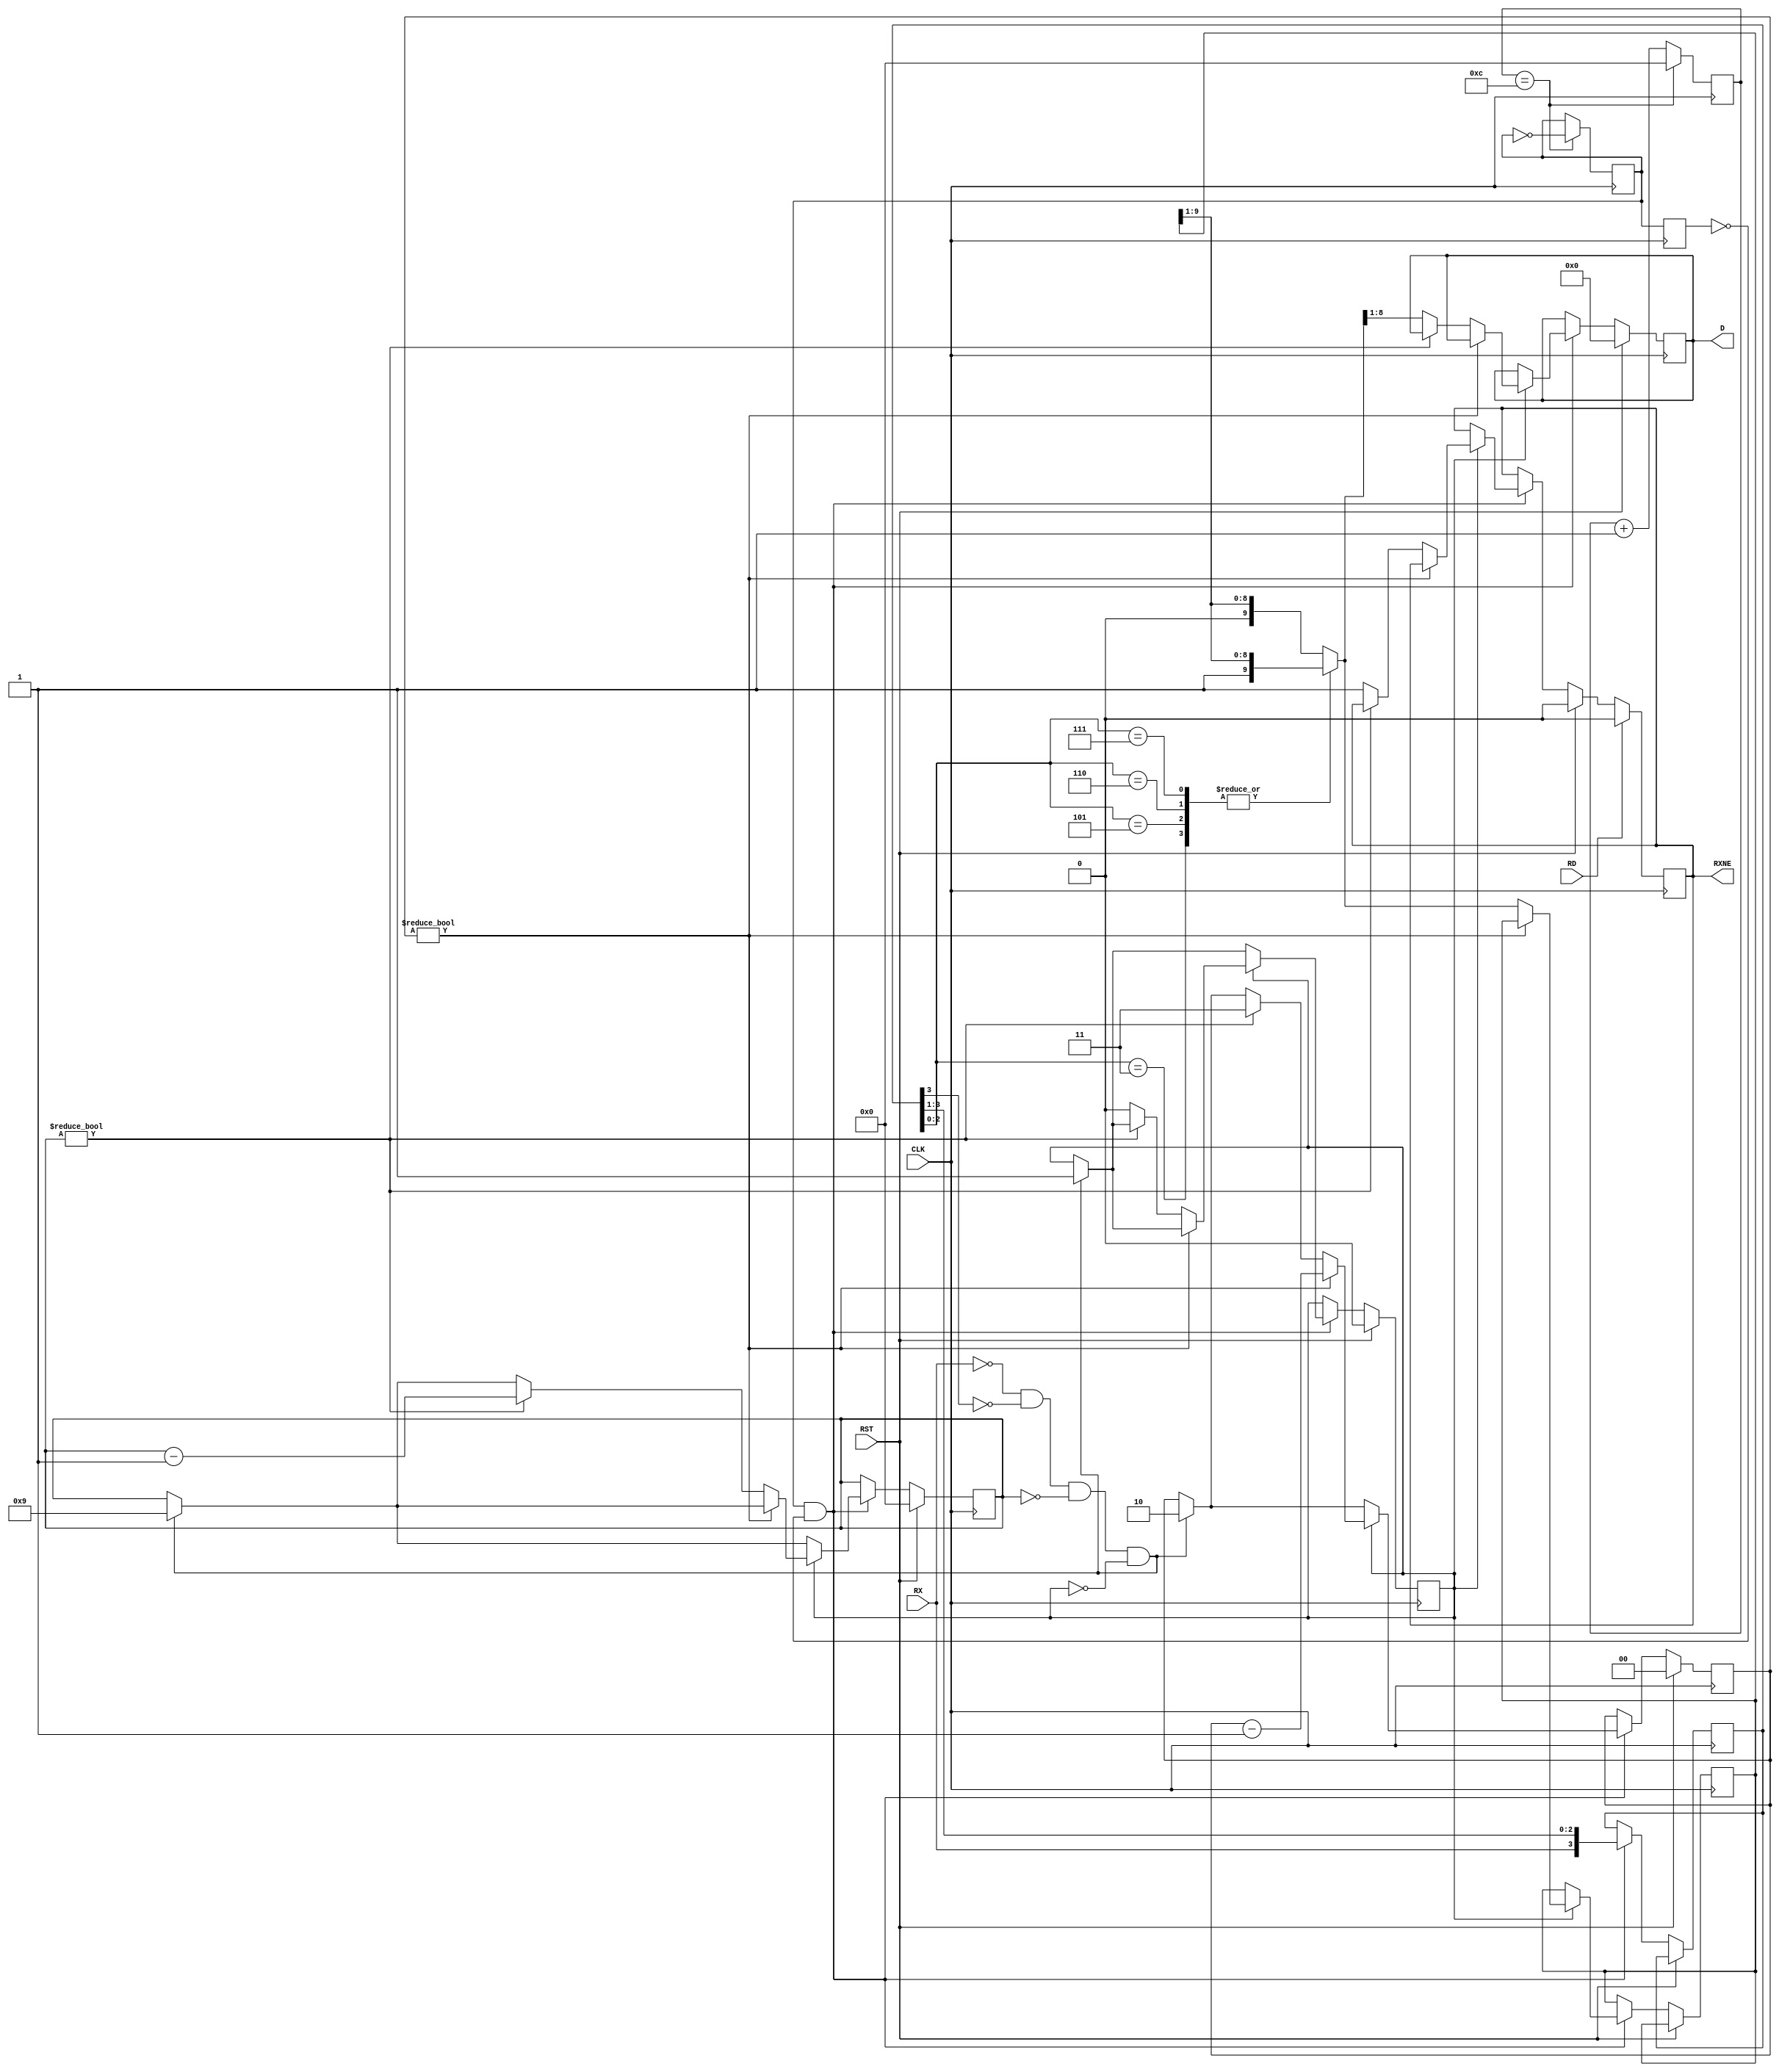
module UART_Rx(
    input CLK,
    output reg [7:0] D = 8'b00000000,
	 input RD,
    input RST,
    input RX,
    output reg RXNE = 1'b0
    );

parameter CLOCK = 1_000_000;
parameter BAUD_RATE = 9_600;

//don't modify SAMPLES at this moment plz
localparam SAMPLES = 4;
localparam CLK_DIV = CLOCK/(BAUD_RATE*SAMPLES*2);
reg [$clog2(CLK_DIV)-1:0]baud_counter = 0;

reg prev_CLK_B;
reg CLK_B = 1'b0; 

// clock gen (with oversampling)
always @ (posedge CLK) begin 
	prev_CLK_B <= CLK_B;
	baud_counter <= baud_counter+1'b1;
	if ( baud_counter == CLK_DIV-1) begin
		baud_counter <=0; 
		CLK_B <= ~CLK_B;
	end
end

reg [SAMPLES-1:0]symbol = {SAMPLES{1'b1}};
reg [$clog2(SAMPLES)-1:0]symbol_cnt = 0;

reg busy = 1'b0;
reg [9:0]data = 10'b1111111111;
reg [3:0]data_cnt = 0;
wire data_correct = (!data[0]) & data[9]; // start bit and stop bit are there

// uart rx logic
always @(posedge CLK) begin
	if (RST == 1'b1) begin
		symbol_cnt <= 0; 
		data_cnt <= 0;
		RXNE <= 1'b0;
		busy <= 1'b0;
		D <= 8'b00000000;
	end
	else if(CLK_B == 1'b1 && prev_CLK_B == 1'b0) begin // baud clock rising edge
		if((RX==1'b0) && (symbol[SAMPLES-1]==1'b0) && !data_cnt && !busy) begin
			symbol_cnt <= 2; // we already received one 1'b0 of this baud symbol
			data_cnt <= 9;
			busy <= 1'b1;
		end
		
		if(busy) begin
			if(symbol_cnt) begin
				symbol_cnt <= symbol_cnt - 1'b1;
			end else begin
				case (symbol[SAMPLES-2:0])
					3'b111, 3'b110, 3'b101, 3'b011:
						data = {1'b1, data[9:1]}; // here blocking assignment since we are using this data below
					default:
						data = {1'b0, data[9:1]};
				endcase
				
				if (data_cnt) begin
					data_cnt <= data_cnt - 1'b1;
					symbol_cnt <= 3;
				end
				else begin // data_correct here is wrong. This messed up timing and outputs.
					D <= data[8:1];
					RXNE <= 1'b1;
					busy <= 1'b0;
				end
			end
		end
		
		symbol <= {RX, symbol[SAMPLES-1:1]};
	end
	
	if (RD == 1'b1) begin
		RXNE <= 1'b0;
	end else begin
	end
end

endmodule